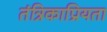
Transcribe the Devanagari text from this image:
तंत्रिकाप्रियता